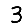
Digit: 3